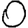
Digit: 0